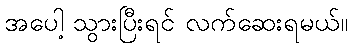
အပေါ့ သွားပြီးရင် လက်ဆေးရမယ်။